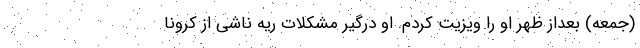
(جمعه) بعداز ظهر او را ویزیت کردم. او درگیر مشکلات ریه ناشی از کرونا